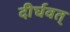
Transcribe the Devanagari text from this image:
दीर्घवत्